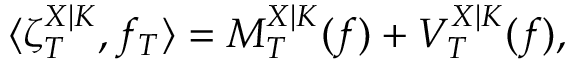
\langle \zeta _ { T } ^ { X | K } , f _ { T } \rangle = M _ { T } ^ { X | K } ( f ) + V _ { T } ^ { X | K } ( f ) ,